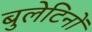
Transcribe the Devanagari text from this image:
बुलेटिनों